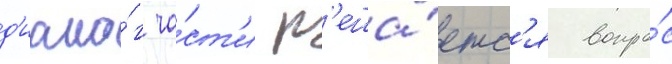
д'иало́г ча́ст'и р'еша́етс'я вопро́с